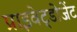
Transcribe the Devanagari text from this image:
प्राइवेट्डोजेंट